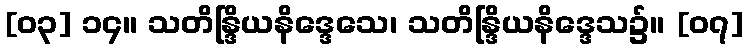
[၀၃] ၁၄။ သတိန္ဒြိယနိဒ္ဒေသေ၊ သတိန္ဒြိယနိဒ္ဒေသ၌။ [၀၇]